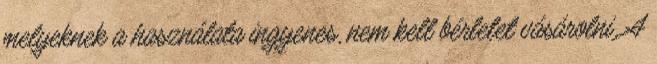
melyeknek a használata ingyenes, nem kell bérletet vásárolni. A